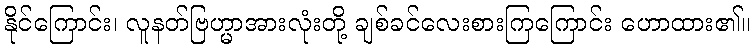
နိုင်ကြောင်း၊ လူနတ်ဗြဟ္မာအားလုံးတို့ ချစ်ခင်လေးစားကြကြောင်း ဟောထား၏။